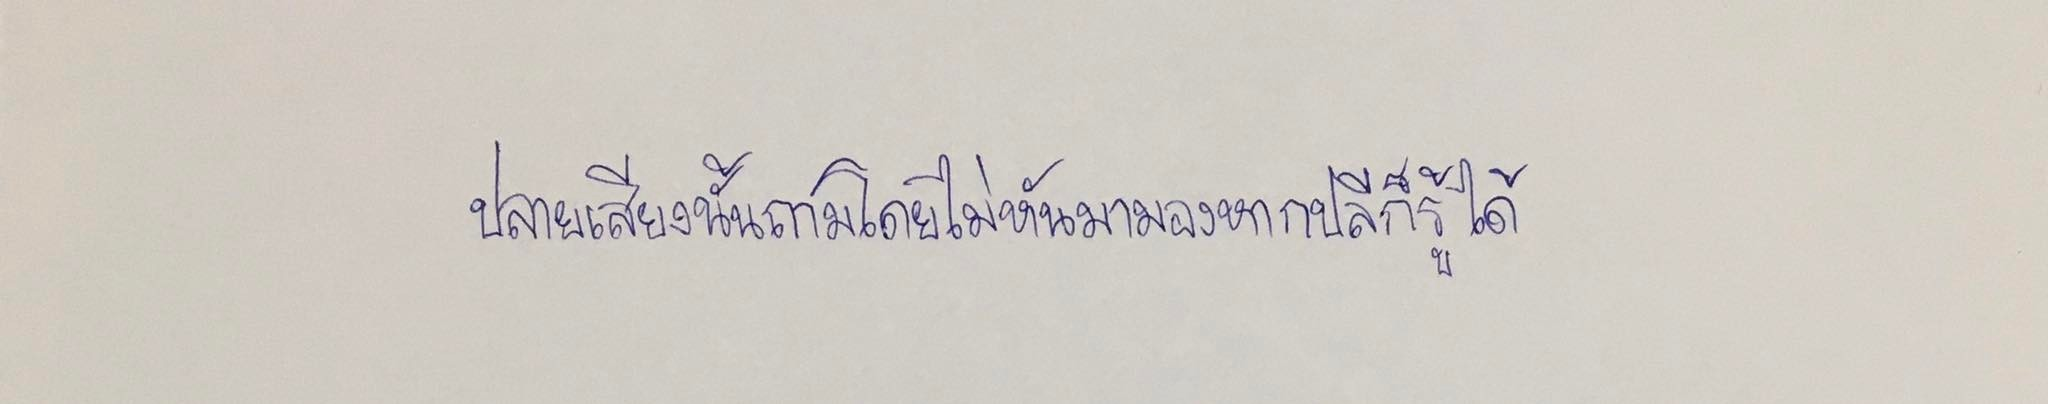
ปลายเสียงนั้นถามโดยไม่หันมามองหากปลีก็รู้ได้